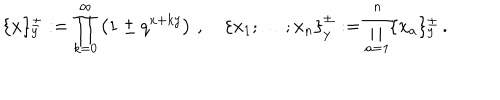
\{ x \} _ { y } ^ { \pm } : = \prod _ { k = 0 } ^ { \infty } \left( 1 \pm q ^ { x + k y } \right) \, , \quad \left\{ x _ { 1 } ; \ldots ; x _ { n } \right\} _ { y } ^ { \pm } : = \prod _ { a = 1 } ^ { n } \{ x _ { a } \} _ { y } ^ { \pm } \, .